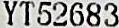
YT52683